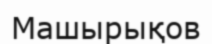
Машырықов